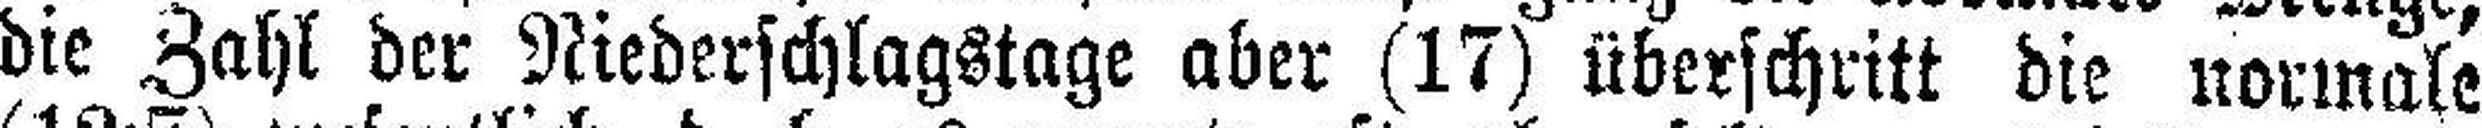
die Zahl der Niederschlagstage aber (17) überschritt die normale